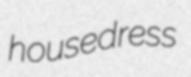
housedress